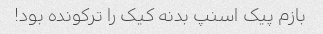
بازم پیک اسنپ بدنه کیک را ترکونده بود!